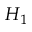
H _ { 1 }